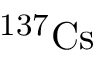
\mathrm { ^ { 1 3 7 } C s }